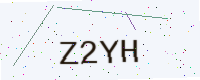
Text: Z2YH